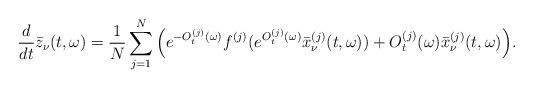
LaTeX: \begin{align*}\frac{d}{dt}\bar{z}_\nu(t,\omega)=\frac{1}{N}\sum\limits_{j=1}^{N}\Big(e^{-O_t^{(j)}(\omega)}f^{(j)}(e^{O_t^{(j)}(\omega)}\bar{x}_\nu^{(j)}(t,\omega))+O_t^{(j)}(\omega)\bar{x}_\nu^{(j)}(t,\omega)\Big).\end{align*}